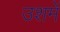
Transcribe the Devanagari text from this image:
उशमें